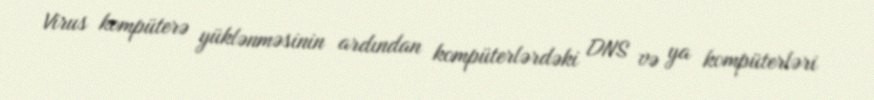
Virus kompüterə yüklənməsinin ardından kompüterlərdəki DNS və ya kompüterləri